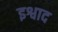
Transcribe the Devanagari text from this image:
इश्वाद